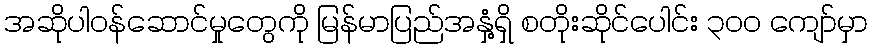
အဆိုပါဝန်ဆောင်မှုတွေကို မြန်မာပြည်အနှံ့ရှိ စတိုးဆိုင်ပေါင်း ၃ဝဝ ကျော်မှာ